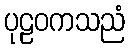
ပုဠဝကသညံ